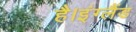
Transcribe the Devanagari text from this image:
है।इंग्लैंड